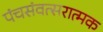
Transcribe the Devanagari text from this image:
पंचसंवत्सरात्मक